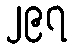
၂၉၇